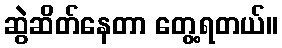
ဆွဲဆိတ်နေတာ တွေ့ရတယ်။